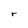
Character: r